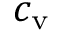
c _ { \mathrm { v } }